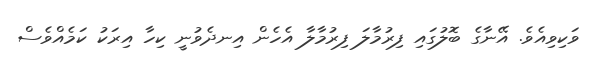
ވަކިވިއެވެ. އޭނާގެ ބޮލުގައި ފިރުމާލަ ފިރުމާލާ އެހެން އިނދެވުނީ ކިހާ އިރަކު ކަމެއްވެސް